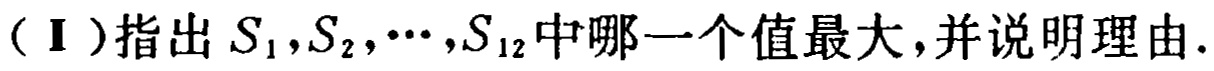
(Ⅰ)指出\(S_{1},S_{2},\cdots,S_{12}\)中哪一个值最大,并说明理由.